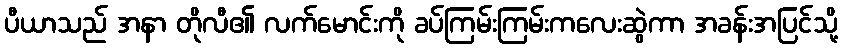
ပီယာသည် အနာ တိုလီ၏ လက်မောင်းကို ခပ်ကြမ်းကြမ်းကလေးဆွဲကာ အခန်းအပြင်သို့